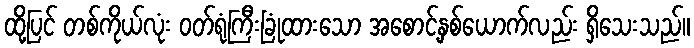
ထို့ပြင် တစ်ကိုယ်လုံး ဝတ်ရုံကြီးခြုံထားသော အစောင့်နှစ်ယောက်လည်း ရှိသေးသည်။